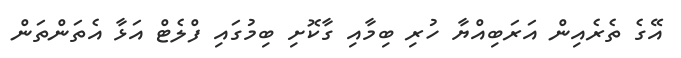
އޭގެ ތެރެއިން އަރަބިއްޔާ ހުރި ބިމާއި ގާކޮށި ބިމުގައި ފްލެޓް އަޅާ އެތަންތަން